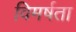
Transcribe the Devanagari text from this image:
विमर्षता